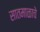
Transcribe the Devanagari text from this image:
सातमाळाचे